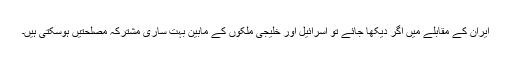
ایران کے مقابلے میں اگر دیکها جائے تو اسرائیل اور خلیجى ملکوں کے مابین بہت سارى مشترکہ مصلحتیں ہوسکتى ہیں۔